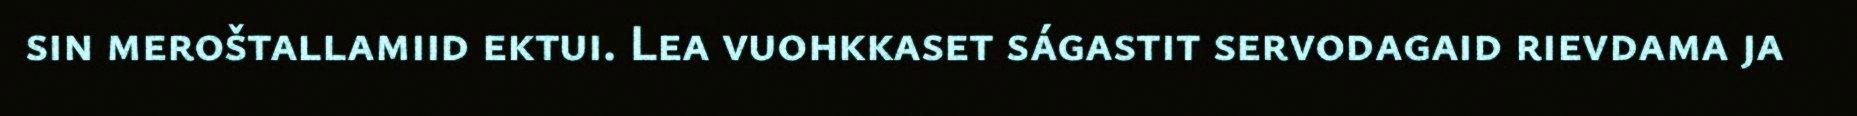
sin meroštallamiid ektui. Lea vuohkkaset ságastit servodagaid rievdama ja